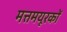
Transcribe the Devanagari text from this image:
मत्तमयूरकों